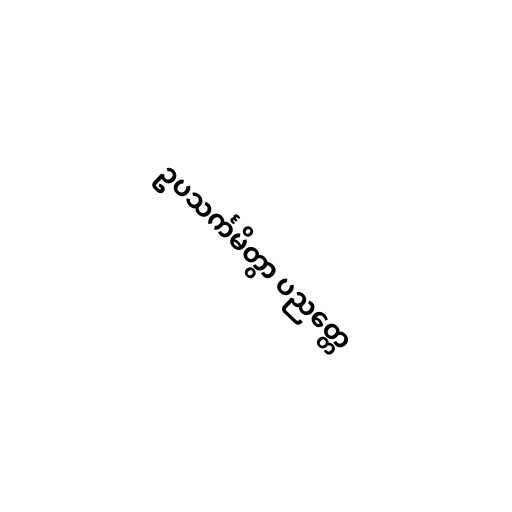
ဥပသင်္ကမိတွာ ပညတ္တေ